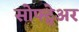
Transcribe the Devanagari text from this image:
सोफ्ट्वेअर